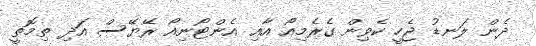
ދެން ލަނޑު ޖެހީ ކެވިން ގެރެމިއޯ އާއި އެންޓޯނިއޯ ރޭޔޭސް އަދި ތިމޮތީ